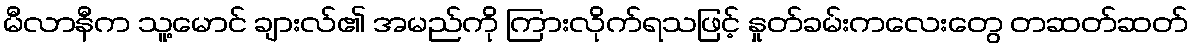
မီလာနီက သူ့မောင် ချားလ်၏ အမည်ကို ကြားလိုက်ရသဖြင့် နှုတ်ခမ်းကလေးတွေ တဆတ်ဆတ်